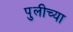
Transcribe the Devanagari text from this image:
पुलीच्या